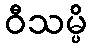
ဝီသမ္ပိ